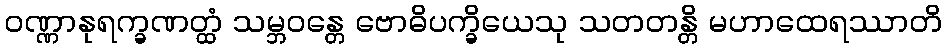
ဝဏ္ဏာနုရက္ခဏတ္ထံ သမ္ဘဝန္တေ ဗောဓိပက္ခိယေသု သတတန္တိ မဟာထေရဿာတိ